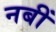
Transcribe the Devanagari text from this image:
नबीं